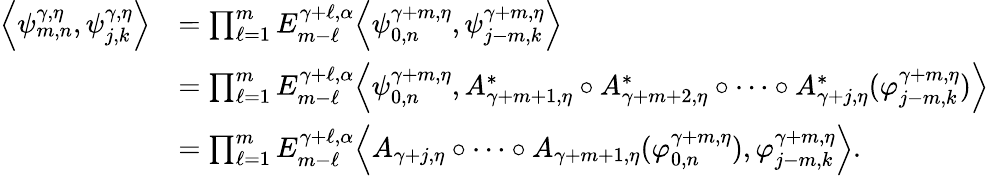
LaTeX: \begin{array}{rl}{{\left\langle{\psi_{m,n}^{\gamma,\eta},\psi_{j,k}^{\gamma,\eta}}\right\rangle}}&{=\prod_{\ell=1}^{m}E_{m-\ell}^{\gamma+\ell,\alpha}{\left\langle{\psi_{0,n}^{\gamma+m,\eta},\psi_{j-m,k}^{\gamma+m,\eta}}\right\rangle}}\\ &{=\prod_{\ell=1}^{m}E_{m-\ell}^{\gamma+\ell,\alpha}{\left\langle{\psi_{0,n}^{\gamma+m,\eta},A_{\gamma+m+1,\eta}^{*}\circ A_{\gamma+m+2,\eta}^{*}\circ\cdots\circ A_{\gamma+j,\eta}^{*}(\varphi_{j-m,k}^{\gamma+m,\eta})}\right\rangle}}\\ &{=\prod_{\ell=1}^{m}E_{m-\ell}^{\gamma+\ell,\alpha}{\left\langle{A_{\gamma+j,\eta}\circ\cdots\circ A_{\gamma+m+1,\eta}(\varphi_{0,n}^{\gamma+m,\eta}),\varphi_{j-m,k}^{\gamma+m,\eta}}\right\rangle}.}\end{array}